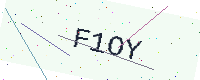
Text: F1OY